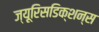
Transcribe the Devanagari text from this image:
ज्यूरिसडिक्शन्स